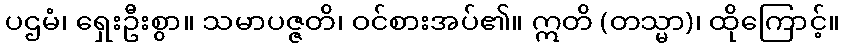
ပဌမံ၊ ရှေးဦးစွာ။ သမာပဇ္ဇတိ၊ ဝင်စားအပ်၏။ ဣတိ (တသ္မာ)၊ ထိုကြောင့်။